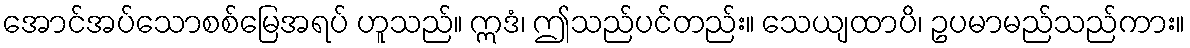
အောင်အပ်သောစစ်မြေအရပ် ဟူသည်။ ဣဒံ၊ ဤသည်ပင်တည်း။ သေယျထာပိ၊ ဥပမာမည်သည်ကား။